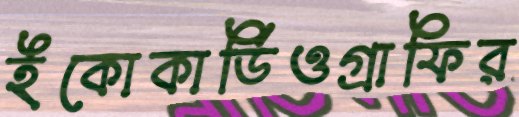
ইকোকার্ডিওগ্রাফির